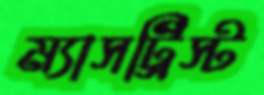
ম্যাসট্রিস্ট